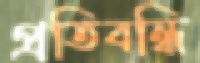
প্রতিবন্ধি